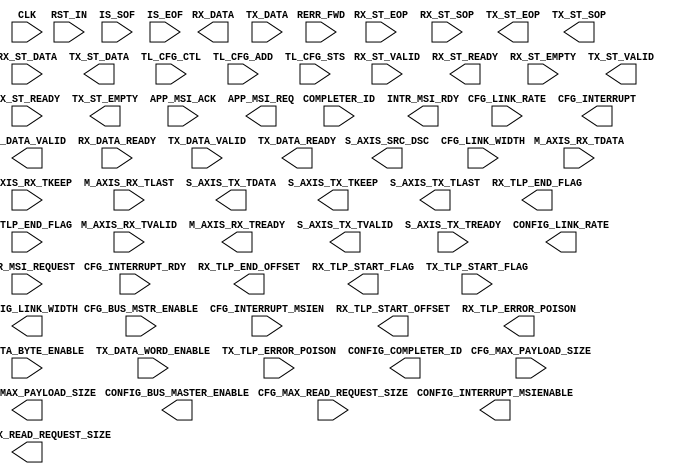
`timescale 1ns/1ns
//----------------------------------------------------------------------------
// This software is Copyright  2012 The Regents of the University of 
// California. All Rights Reserved.
//
// Permission to copy, modify, and distribute this software and its 
// documentation for educational, research and non-profit purposes, without 
// fee, and without a written agreement is hereby granted, provided that the 
// above copyright notice, this paragraph and the following three paragraphs 
// appear in all copies.
//
// Permission to make commercial use of this software may be obtained by 
// contacting:
// Technology Transfer Office
// 9500 Gilman Drive, Mail Code 0910
// University of California
// La Jolla, CA 92093-0910
// (858) 534-5815
// invent@ucsd.edu
// 
// This software program and documentation are copyrighted by The Regents of 
// the University of California. The software program and documentation are 
// supplied "as is", without any accompanying services from The Regents. The 
// Regents does not warrant that the operation of the program will be 
// uninterrupted or error-free. The end-user understands that the program was 
// developed for research purposes and is advised not to rely exclusively on 
// the program for any reason.
// 
// IN NO EVENT SHALL THE UNIVERSITY OF CALIFORNIA BE LIABLE TO
// ANY PARTY FOR DIRECT, INDIRECT, SPECIAL, INCIDENTAL, OR
// CONSEQUENTIAL DAMAGES, INCLUDING LOST PROFITS, ARISING
// OUT OF THE USE OF THIS SOFTWARE AND ITS DOCUMENTATION,
// EVEN IF THE UNIVERSITY OF CALIFORNIA HAS BEEN ADVISED OF
// THE POSSIBILITY OF SUCH DAMAGE. THE UNIVERSITY OF
// CALIFORNIA SPECIFICALLY DISCLAIMS ANY WARRANTIES,
// INCLUDING, BUT NOT LIMITED TO, THE IMPLIED WARRANTIES OF
// MERCHANTABILITY AND FITNESS FOR A PARTICULAR PURPOSE.
// THE SOFTWARE PROVIDED HEREUNDER IS ON AN "AS IS" BASIS, 
// AND THE UNIVERSITY OF CALIFORNIA HAS NO OBLIGATIONS TO
// PROVIDE MAINTENANCE, SUPPORT, UPDATES, ENHANCEMENTS, OR
// MODIFICATIONS.
//----------------------------------------------------------------------------
//////////////////////////////////////////////////////////////////////////////////
// Company: 
// Engineer: 
// 
// Design Name: 
// Module Name:    translation_layer_256
// Project Name: 
// Target Devices: 
// Tool versions: 
// Description:
// Translates Avalon (Altera) signals into Unified (architecture
// independent) streaming signals for riffa. The altera RX interface has a 1 cycle
// latency because it needs to produce several metadata signals that are not 
// provided by the altera PCIe Core.
//
// Dependencies: None
//
// Revision: 
// Revision 0.01 - File Created
// Additional Comments: 
//
//////////////////////////////////////////////////////////////////////////////////
module translation_layer_256
  #(parameter C_ALTERA = 1'b1,
    parameter C_PCI_DATA_WIDTH = 9'd256)
   (	
        input                              CLK,
	    input                              RST_IN,

        // Xilinx Signals
	    input [C_PCI_DATA_WIDTH-1:0]       M_AXIS_RX_TDATA,
	    input [(C_PCI_DATA_WIDTH/8)-1:0]   M_AXIS_RX_TKEEP,
	    input                              M_AXIS_RX_TLAST, // Not used in the 128 bit interface
	    input                              M_AXIS_RX_TVALID,
	    output                             M_AXIS_RX_TREADY,
	    input [(C_PCI_DATA_WIDTH/32):0]    IS_SOF,
	    input [(C_PCI_DATA_WIDTH/32):0]    IS_EOF,
	    input                              RERR_FWD,
   
	    output [C_PCI_DATA_WIDTH-1:0]      S_AXIS_TX_TDATA,
	    output [(C_PCI_DATA_WIDTH/8)-1:0]  S_AXIS_TX_TKEEP,
	    output                             S_AXIS_TX_TLAST,
	    output                             S_AXIS_TX_TVALID,
	    output                             S_AXIS_SRC_DSC,
	    input                              S_AXIS_TX_TREADY,
   
	    input [15:0]                       COMPLETER_ID,
	    input                              CFG_BUS_MSTR_ENABLE, 
	    input [5:0]                        CFG_LINK_WIDTH, // cfg_lstatus[9:4] (from Link Status Register): 000001=x1, 000010=x2, 000100=x4, 001000=x8, 001100=x12, 010000=x16, 100000=x32, others=? 
	    input [1:0]                        CFG_LINK_RATE, // cfg_lstatus[1:0] (from Link Status Register): 01=2.5GT/s, 10=5.0GT/s, others=?
	    input [2:0]                        CFG_MAX_READ_REQUEST_SIZE, // cfg_dcommand[14:12] (from Device Control Register): 000=128B, 001=256B, 010=512B, 011=1024B, 100=2048B, 101=4096B
	    input [2:0]                        CFG_MAX_PAYLOAD_SIZE, // cfg_dcommand[7:5] (from Device Control Register): 000=128B, 001=256B, 010=512B, 011=1024B

	    input                              CFG_INTERRUPT_MSIEN, // 1 if MSI interrupts are enable, 0 if only legacy are supported
	    input                              CFG_INTERRUPT_RDY, // High when interrupt is able to be sent
	    output                             CFG_INTERRUPT, // High to request interrupt, when both CFG_INTERRUPT_RDY and CFG_INTERRUPT are high, interrupt is sent)

        // Altera Signals
        input [C_PCI_DATA_WIDTH-1:0]       RX_ST_DATA,
        input [0:0]                        RX_ST_EOP,
        input [0:0]                        RX_ST_VALID,
        output                             RX_ST_READY,
        input [0:0]                        RX_ST_SOP,
        input [0:0]                        RX_ST_EMPTY,

        output [C_PCI_DATA_WIDTH-1:0]      TX_ST_DATA,
        output [0:0]                       TX_ST_VALID,
        input                              TX_ST_READY,
        output [0:0]                       TX_ST_EOP,
        output [0:0]                       TX_ST_SOP,
		output [0:0]                       TX_ST_EMPTY,

        input [31:0]                       TL_CFG_CTL,
        input [3:0]                        TL_CFG_ADD,
        input [52:0]                       TL_CFG_STS,

        input                              APP_MSI_ACK,
        output                             APP_MSI_REQ,

        // Unified Signals
	    output [C_PCI_DATA_WIDTH-1:0]      RX_DATA,
	    output                             RX_DATA_VALID,
        input                              RX_DATA_READY,

	    output                             RX_TLP_END_FLAG,
	    output [3:0]                       RX_TLP_END_OFFSET,
        output                             RX_TLP_START_FLAG,
	    output [3:0]                       RX_TLP_START_OFFSET,
	    output                             RX_TLP_ERROR_POISON,
   
	    input [C_PCI_DATA_WIDTH-1:0]       TX_DATA,
	    input [(C_PCI_DATA_WIDTH/8)-1:0]   TX_DATA_BYTE_ENABLE,
        input [(C_PCI_DATA_WIDTH/32)-1:0]  TX_DATA_WORD_ENABLE,
	    input                              TX_TLP_END_FLAG,
        input                              TX_TLP_START_FLAG,
	    input                              TX_DATA_VALID,
	    input                              TX_TLP_ERROR_POISON, 
	    output                             TX_DATA_READY,

	    output [15:0]                      CONFIG_COMPLETER_ID,
	    output                             CONFIG_BUS_MASTER_ENABLE, 
	    output [5:0]                       CONFIG_LINK_WIDTH, // cfg_lstatus[9:4] (from Link Status Register): 000001=x1, 000010=x2, 000100=x4, 001000=x8, 001100=x12, 010000=x16, 100000=x32, others=? 
	    output [1:0]                       CONFIG_LINK_RATE, // cfg_lstatus[1:0] (from Link Status Register): 01=2.5GT/s, 10=5.0GT/s, others=?
	    output [2:0]                       CONFIG_MAX_READ_REQUEST_SIZE, // cfg_dcommand[14:12] (from Device Control Register): 000=128B, 001=256B, 010=512B, 011=1024B, 100=2048B, 101=4096B
	    output [2:0]                       CONFIG_MAX_PAYLOAD_SIZE, // cfg_dcommand[7:5] (from Device Control Register): 000=128B, 001=256B, 010=512B, 011=1024B
        output                             CONFIG_INTERRUPT_MSIENABLE, // 1 if MSI interrupts are enable, 0 if only legacy are supported
	    output                             INTR_MSI_RDY, // High when interrupt is able to be sent
	    input                              INTR_MSI_REQUEST // High to request interrupt, when both CFG_INTERRUPT_RDY and CFG_INTERRUPT are high
        );

endmodule